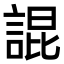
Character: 䛰